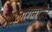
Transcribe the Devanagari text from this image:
आजारांमधील